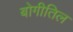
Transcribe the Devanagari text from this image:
बोगीतिल